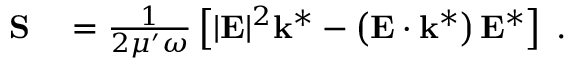
\begin{array} { r l } { { \bf { S } } } & { { } = \frac { 1 } { 2 \mu ^ { \prime } \omega } \left[ | { \bf { E } } | ^ { 2 } { \bf { k } } ^ { * } - \left( { \bf { E } } \cdot { \bf { k } } ^ { * } \right) { \bf { E } } ^ { * } \right] \; . } \end{array}